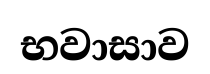
භවාසාව